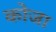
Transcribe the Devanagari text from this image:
कोजा